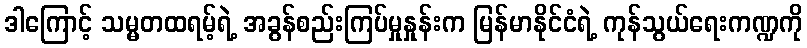
ဒါကြောင့် သမ္မတထရမ့်ရဲ့ အခွန်စည်းကြပ်မှုနှုန်းက မြန်မာနိုင်ငံရဲ့ ကုန်သွယ်ရေးကဏ္ဍကို